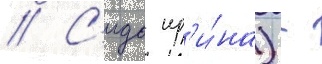
// С'идо ир'и́на) -